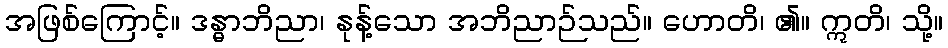
အဖြစ်ကြောင့်။ ဒန္ဓာဘိညာ၊ နုန့်သော အဘိညာဉ်သည်။ ဟောတိ၊ ၏။ ဣတိ၊ သို့။